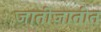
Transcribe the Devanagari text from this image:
जातीजातींत